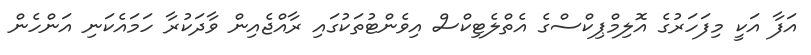
އަފާ އަކީ މިފަަހަރުގެ އޮލިމްޕިކްސްގެ އެތްލެޓިކްސް އިވެންޓުތަކުގައި ރާއްޖެއިން ވާދަކުރާ ހަމައެކަނި އަންހެން